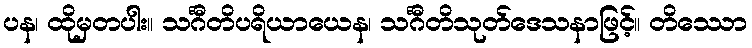
ပန၊ ထိုမှတပါး။ သင်္ဂီတိပရိယာယေန၊ သင်္ဂီတိသုတ်ဒေသနာဖြင့်။ တိဿော